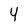
Character: Y